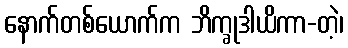
နောက်တစ်ယောက်က ဘိက္ခုဒါယိကာ-တဲ့၊